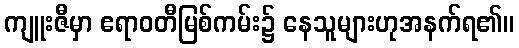
ကျူးဇီမှာ ဧရာဝတီမြစ်ကမ်း၌ နေသူများဟုအနက်ရ၏။